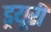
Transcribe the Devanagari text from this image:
ड्रयूरी